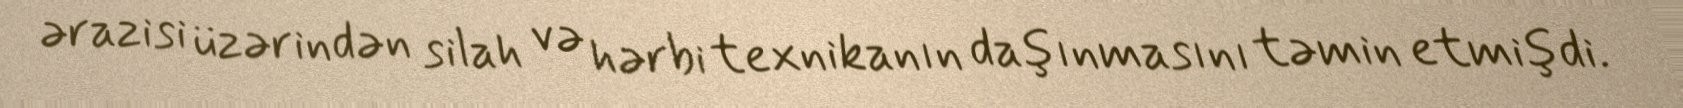
ərazisi üzərindən silah və hərbi texnikanın daşınmasını təmin etmişdi.